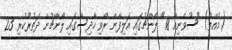
(މުއްތު) "ސުވެނިއާ 18" ލޯންޗުގައި އަލިފާން ރޯވި ހާދިސާގައި ލޯންޗުން ދަތުރުކުރި 23